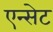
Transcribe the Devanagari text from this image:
एन्सेट